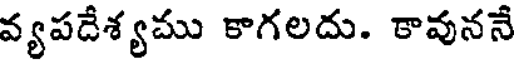
వ్యపదేశ్యము కాగలదు. కావుననే